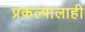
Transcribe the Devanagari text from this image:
प्रकल्पालाही